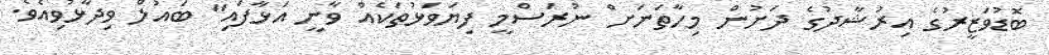
ބޮޑުވަޒީރުގެ އިރުޝާދުގެ ދަށުން މިހާތަނަށް ނުރަސްމީ ފިޔަވަޅުތަކެއް ވާނީ އަޅާފައި" ބައުލް ވިދާޅުވިއެވެ.